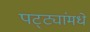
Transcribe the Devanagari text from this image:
पट्ट्यांमधे